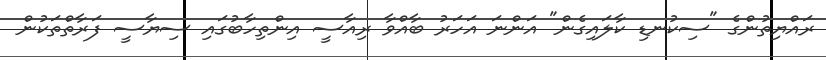
ރައްޔިތުންގެ "ސިކުނޑި ކާލައިގެން" އަންނަ އަހަރު ބާއްވާ ރިއާސީ އިންތިހާބުގައި ސިޔާސީ ފަރާތްތަކުން